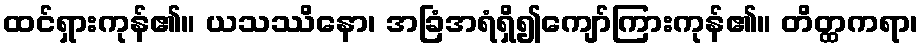
ထင်ရှားကုန်၏။ ယသဿိနော၊ အခြံအရံရှိ၍ကျော်ကြားကုန်၏။ တိတ္ထကရာ၊